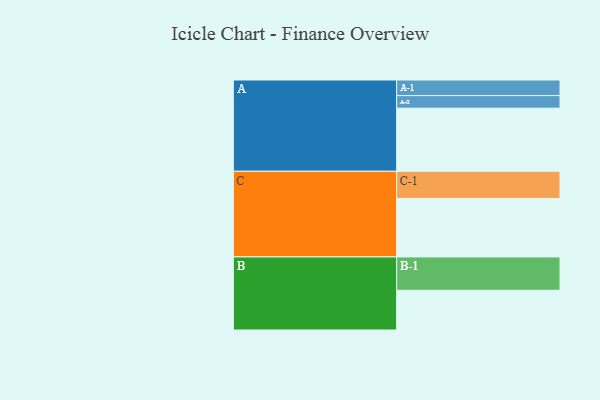
{"axis": {"x": "Segment", "y": "Value"}, "legend": ["", "A", "B", "C"], "data": [{"x": "A", "y": 558, "type": ""}, {"x": "B", "y": 351, "type": ""}, {"x": "C", "y": 517, "type": ""}, {"x": "A-1", "y": 138, "type": "A"}, {"x": "A-2", "y": 111, "type": "A"}, {"x": "B-1", "y": 295, "type": "B"}, {"x": "C-1", "y": 240, "type": "C"}]}